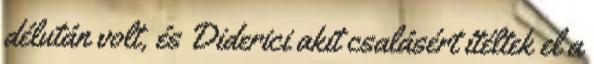
délután volt, és Diderici akit csalásért ítéltek el a